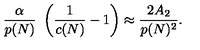
{ \frac { \alpha } { p ( N ) } } \ \left( { \frac { 1 } { c ( N ) } } - 1 \right) \approx { \frac { 2 A _ { 2 } } { p ( N ) ^ { 2 } } } .